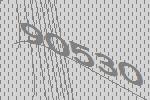
90530